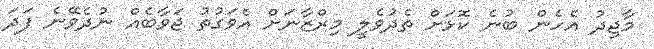
މާޖިދު އެހެން ބުނެ ކޮޅަށް ތެދުވެލީ މިރްޒާނަށް އެވަގުތު ޖަވާބެއް ނުދެވޭނެ ފަދަ